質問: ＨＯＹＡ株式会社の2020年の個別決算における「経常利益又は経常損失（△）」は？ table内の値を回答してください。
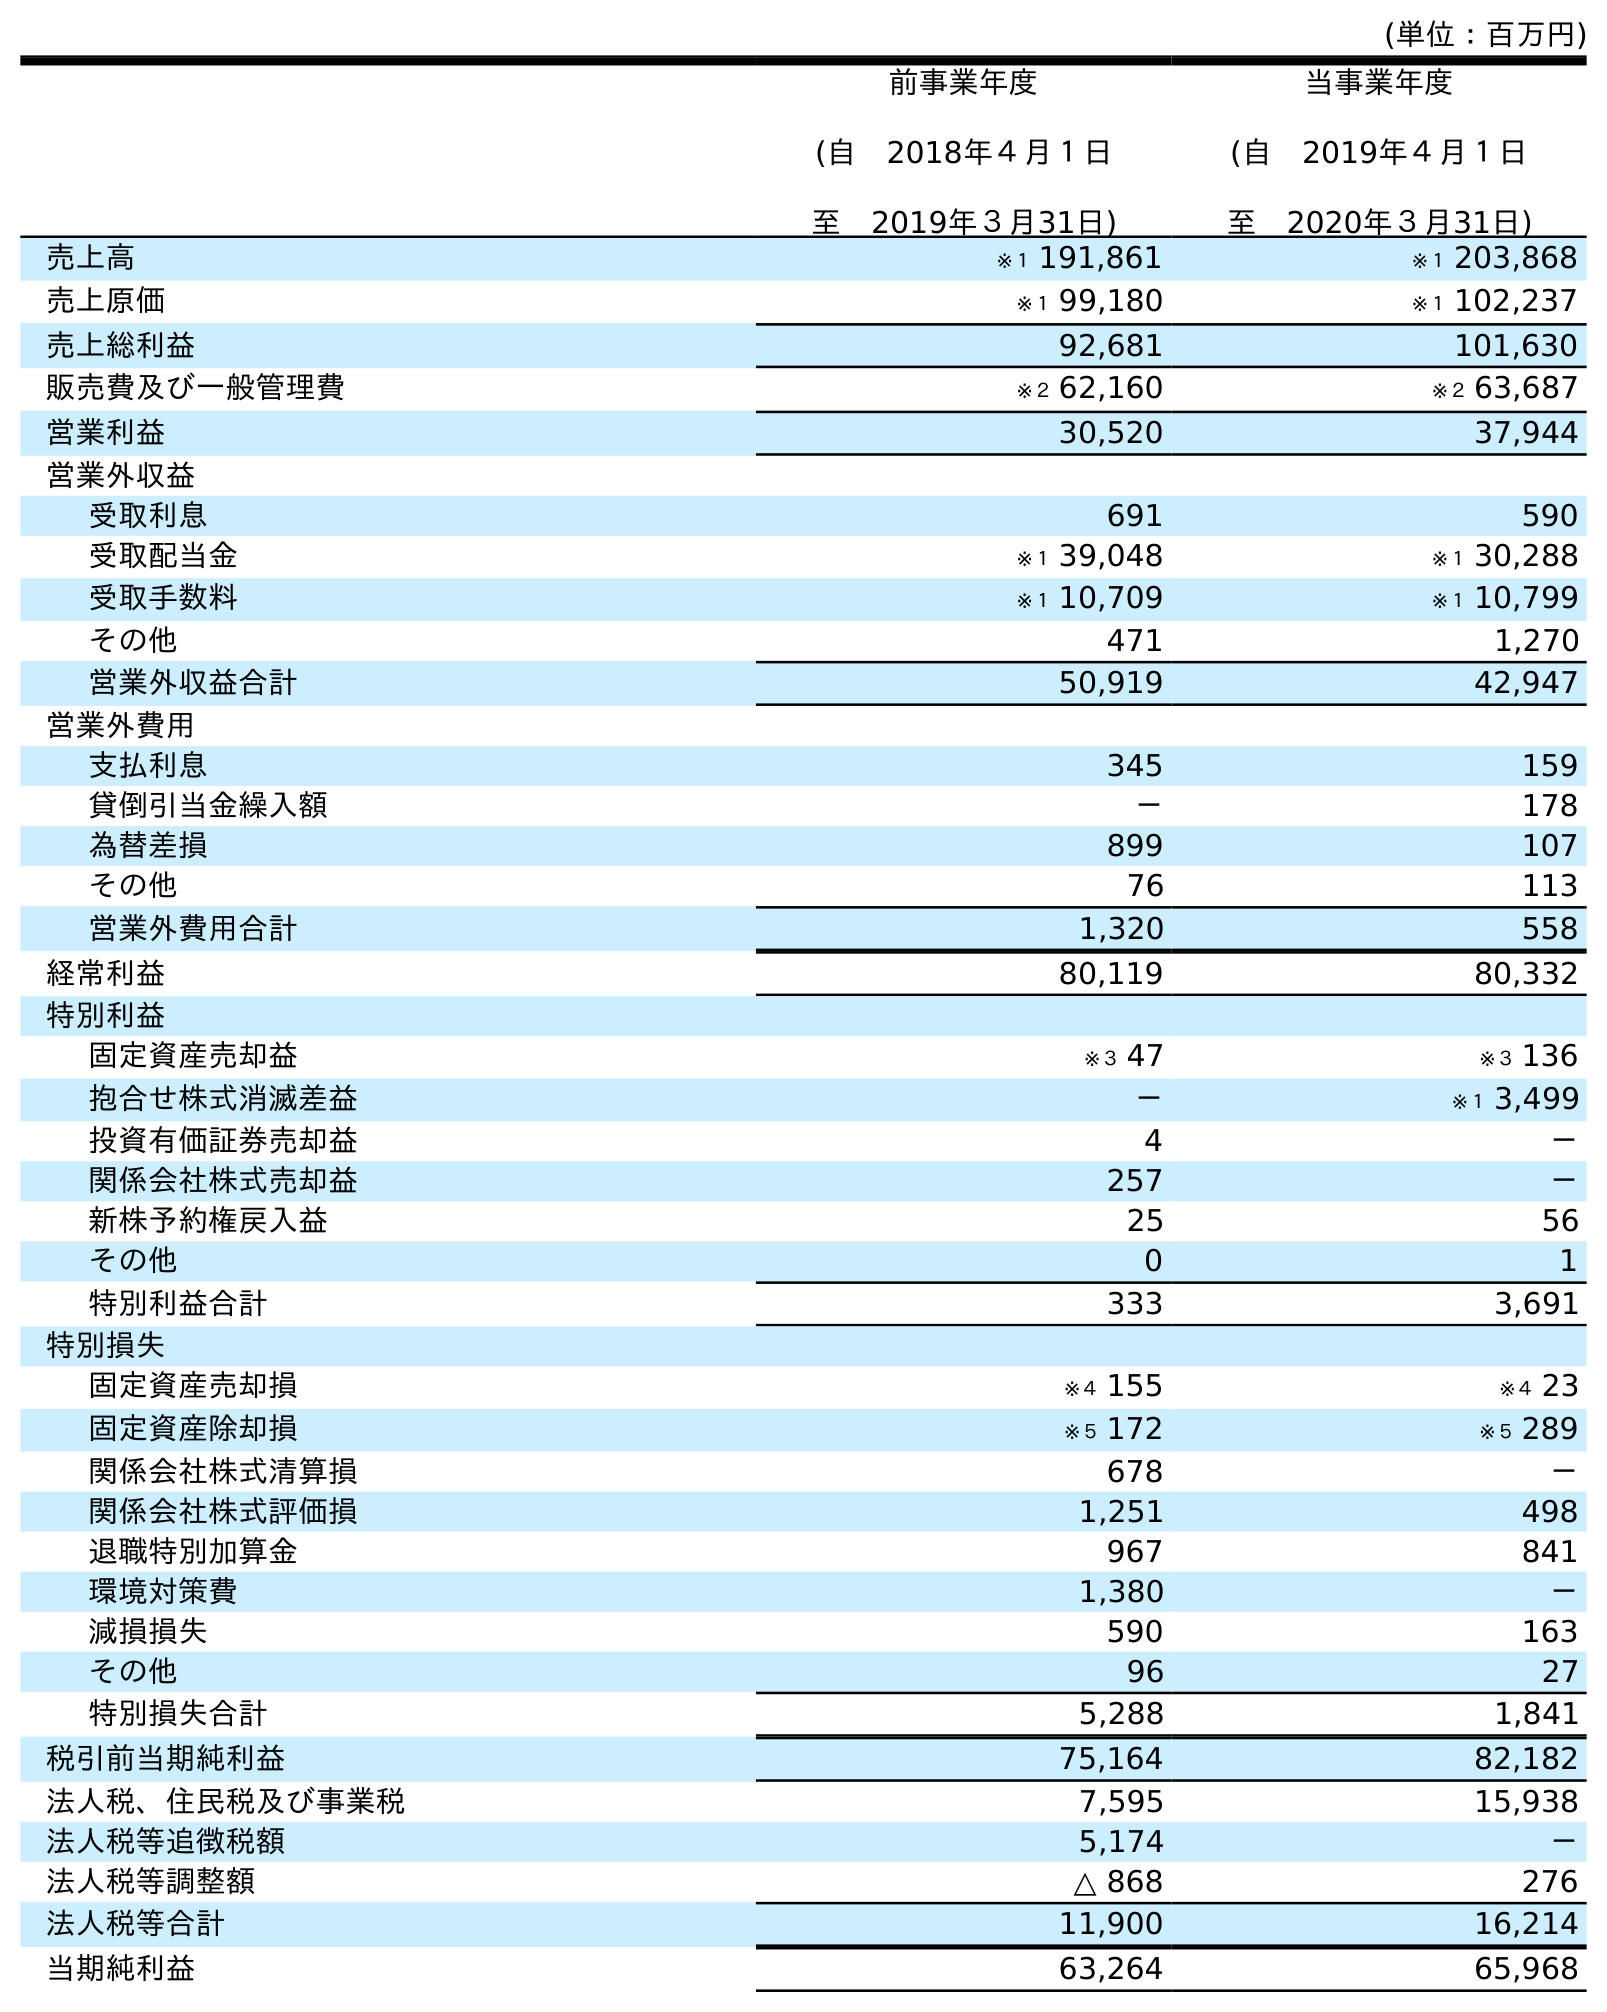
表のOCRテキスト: (単位：百万円) 前事業年度 (自 2018年４月１日 至 2019年３月31日) 当事業年度 (自 2019年４月１日 至 2020年３月31日) 売上高 ※１ 191,861 ※１ 203,868 売上原価 ※１ 99,180 ※１ 102,237 売上総利益 92,681 101,630 販売費及び一般管理費 ※２ 62,160 ※２ 63,687 営業利益 30,520 37,944 営業外収益 受取利息 691 590 受取配当金 ※１ 39,048 ※１ 30,288 受取手数料 ※１ 10,709 ※１ 10,799 その他 471 1,270 営業外収益合計 50,919 42,947 営業外費用 支払利息 345 159 貸倒引当金繰入額 － 178 為替差損 899 107 その他 76 113 営業外費用合計 1,320 558 経常利益 80,119 80,332 特別利益 固定資産売却益 ※３ 47 ※３ 136 抱合せ株式消滅差益 － ※１ 3,499 投資有価証券売却益 4 － 関係会社株式売却益 257 － 新株予約権戻入益 25 56 その他 0 1 特別利益合計 333 3,691 特別損失 固定資産売却損 ※４ 155 ※４ 23 固定資産除却損 ※５ 172 ※５ 289 関係会社株式清算損 678 － 関係会社株式評価損 1,251 498 退職特別加算金 967 841 環境対策費 1,380 － 減損損失 590 163 その他 96 27 特別損失合計 5,288 1,841 税引前当期純利益 75,164 82,182 法人税、住民税及び事業税 7,595 15,938 法人税等追徴税額 5,174 － 法人税等調整額 △ 868 276 法人税等合計 11,900 16,214 当期純利益 63,264 65,968
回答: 80,332